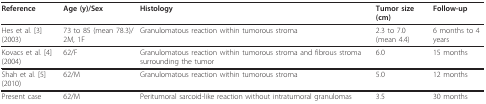
| Reference | Age (y)/Sex | Histology | Tumor size (cm) | Follow-up |
 | --- | --- | --- | --- | --- |
 | Hes et al. [3] (2003) | 73 to 85 (mean 78.3)/2M, 1F | Granulomatous reaction within tumorous stroma | 2.3 to 7.0 (mean 4.4) | 6 months to 4 years |
 | Kovacs et al. [4] (2004) | 62/F | Granulomatous reaction within tumorous stroma and fibrous stroma surrounding the tumor | 6.0 | 15 months |
 | Shah et al. [5] (2010) | 62/M | Granulomatous reaction within tumorous stroma | 5.0 | 12 months |
 | Present case | 62/M | Peritumoral sarcoid-like reaction without intratumoral granulomas | 3.5 | 30 months |